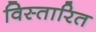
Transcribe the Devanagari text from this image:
विस्तारित